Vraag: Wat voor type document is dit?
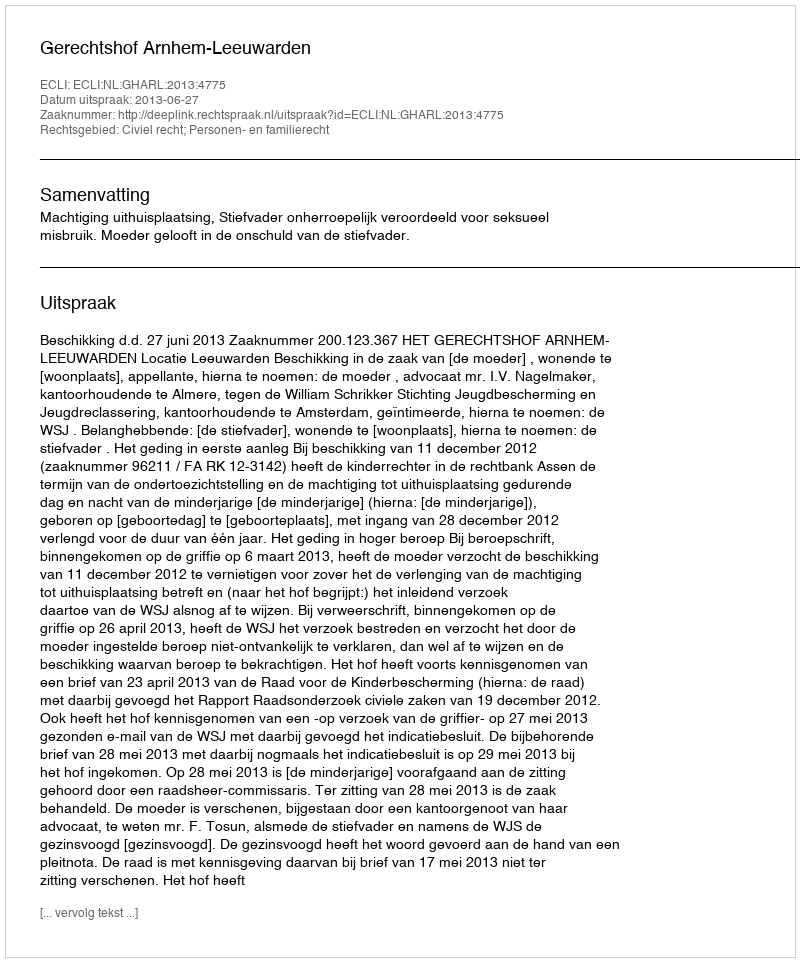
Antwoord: Uitspraak